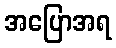
အပြောအရ